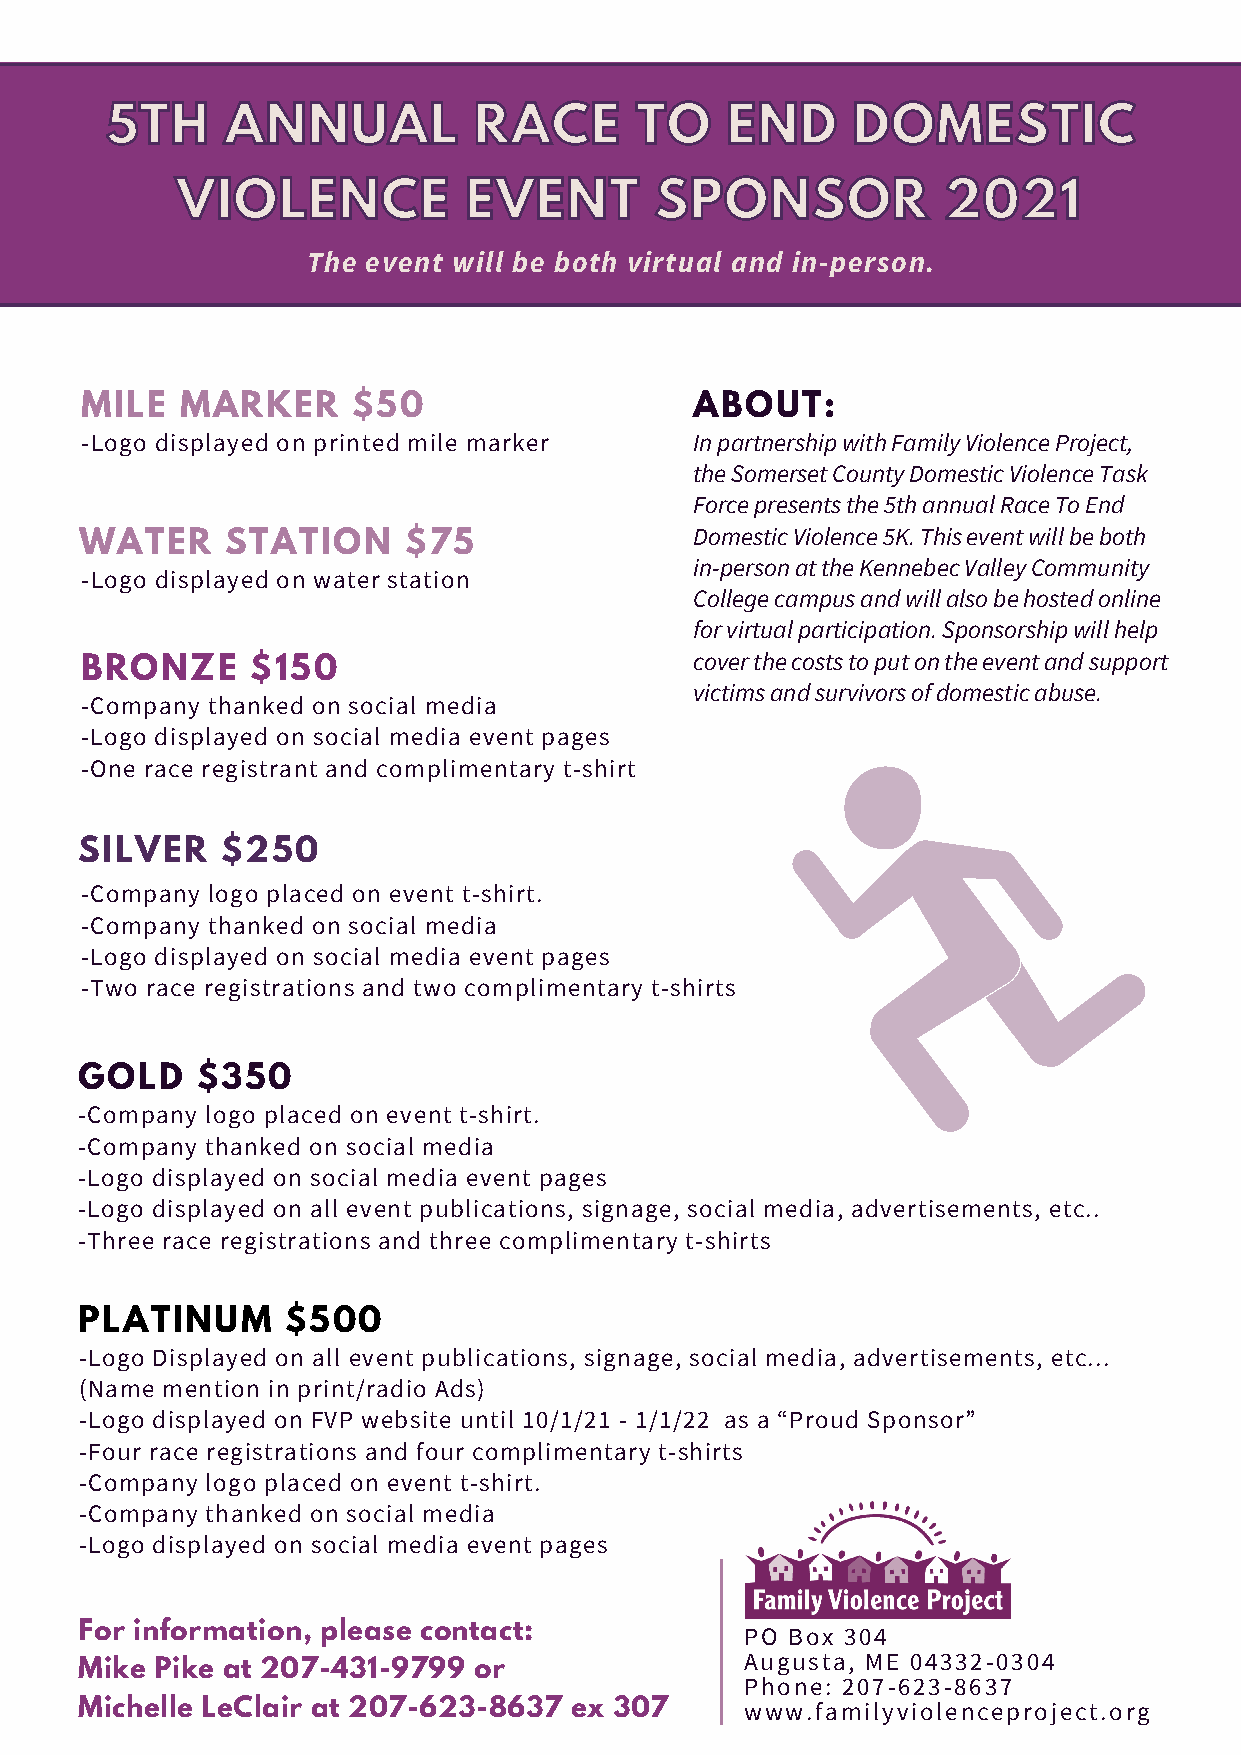
55TTHH  AANNNNUUAALL    RRAACCEE   TTOO  EENNDD  DDOOMMEESSTTIICC
 VVIIOOLLEENNCCEE   EEVVEENNTT  SSPPOONNSSOORR     22002211
 The event will be both virtual and in-person.
 MILE   MARKER     $50                    ABOUT:
 -Logo displayed on printed mile marker   In partnership with Family Violence Project,
 the Somerset County Domestic Violence Task
 Force presents the 5th annual Race To End
 Domestic Violence 5K. This event will be both
 WATER     STATION     $75
 in-person at the Kennebec Valley Community
 -Logo displayed on water station
 College campus and will also be hosted online
 for virtual participation. Sponsorship will help
 cover the costs to put on the event and support
 BRONZE      $150
 victims and survivors of domestic abuse.
 -Company thanked on social media
 -Logo displayed on social media event pages
 -One race registrant and complimentary t-shirt
 SILVER    $250
 -Company logo placed on event t-shirt.
 -Company thanked on social media
 -Logo displayed on social media event pages
 -Two race registrations and two complimentary t-shirts
 GOLD    $350
 -Company logo placed on event t-shirt.
 -Company thanked on social media
 -Logo displayed on social media event pages
 -Logo displayed on all event publications, signage, social media, advertisements, etc..
 -Three race registrations and three complimentary t-shirts
 PLATINUM      $500
 -Logo Displayed on all event publications, signage, social media, advertisements, etc...
 (Name mention in print/radio Ads)
 -Logo displayed on FVP website until 10/1/21 - 1/1/22 as a “Proud Sponsor”
 -Four race registrations and four complimentary t-shirts
 -Company logo placed on event t-shirt.
 -Company thanked on social media
 -Logo displayed on social media event pages
 For information, please contact:            PO Box 304
 Augusta, ME 04332-0304
 Mike Pike at 207-431-9799 or
 Phone: 207-623-8637
 Michelle LeClair at 207-623-8637 ex 307     www.familyviolenceproject.org